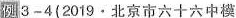
例3-4(2019·北京市六十六中模